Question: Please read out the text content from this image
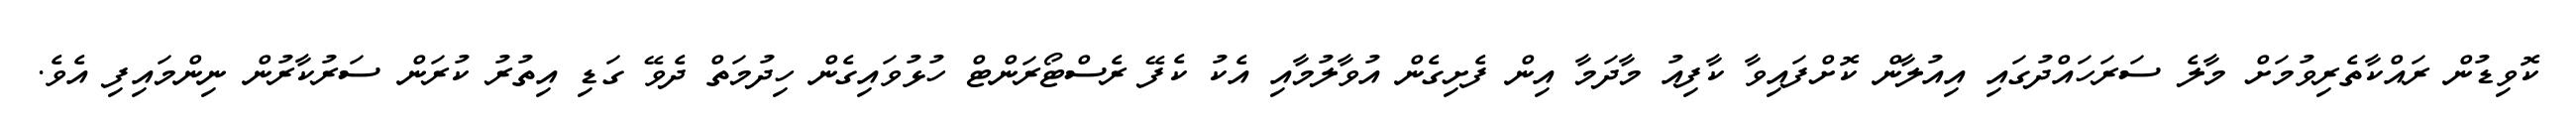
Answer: ކޮވިޑުން ރައްކާތެރިވުމަށް މާލެ ސަރަހައްދުގައި އިއުލާން ކޮށްފައިވާ ކާފިއު މާދަމާ އިން ފެށިގެން އުވާލުމާއި އެކު ކެފޭ ރެސްޓޯރަންޓް ހުޅުވައިގެން ހިދުމަތް ދެވޭ ގަޑި އިތުރު ކުރަން ސަރުކާރުން ނިންމައިފި އެވެ.